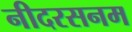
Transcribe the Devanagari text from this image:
नीदरसनम